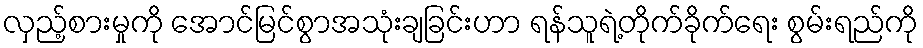
လှည့်စားမှုကို အောင်မြင်စွာအသုံးချခြင်းဟာ ရန်သူရဲ့တိုက်ခိုက်ရေး စွမ်းရည်ကို